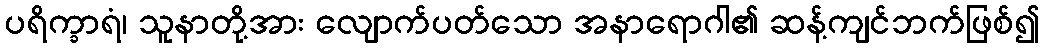
ပရိက္ခာရံ၊ သူနာတို့အား လျောက်ပတ်သော အနာရောဂါ၏ ဆန့်ကျင်ဘက်ဖြစ်၍